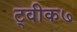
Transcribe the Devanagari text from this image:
ट्वीक७